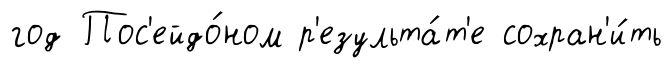
год Пос'ейдо́ном р'езульта́т'е сохран'и́ть